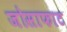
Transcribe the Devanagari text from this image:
जोसाफाट